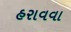
હરાવવા